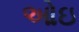
ઓઇ